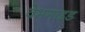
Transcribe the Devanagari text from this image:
वेभगाइड